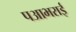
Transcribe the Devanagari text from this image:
पआभराई